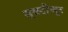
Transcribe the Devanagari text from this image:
सब्स्टीच्यूट